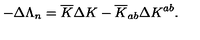
- \Delta \Lambda _ { n } = { \overline { K } } \Delta K - { \overline { K } _ { a b } } \Delta K ^ { a b } .